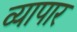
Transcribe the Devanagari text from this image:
व्यापार